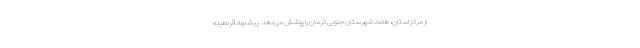
از مرکز استان، هفت شهرستان جنوبی کرمان را پوشش می‌دهد. پیشنهاد قرنطینه